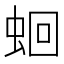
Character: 蛔